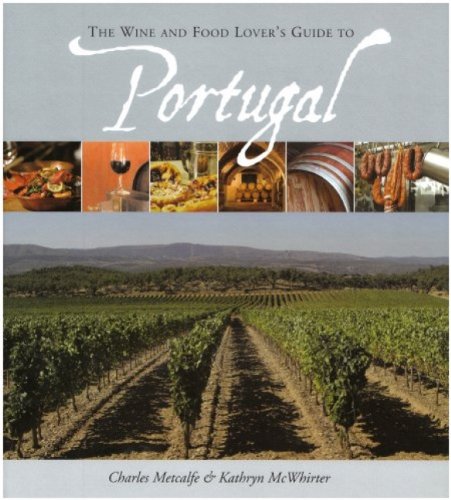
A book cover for The Wine and Food Lover's Guide to Portugal; Charles Metcalfe; Travel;